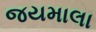
જયમાલા